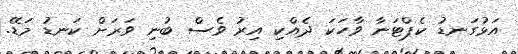
އަޅުގަނޑު ކެޕްޓަނާ ވާހަކަ ދެއްކި އިރު ވެސް ބުނި ވަރަށް ކަނޑު މަޑޭ.